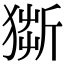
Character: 𤠥